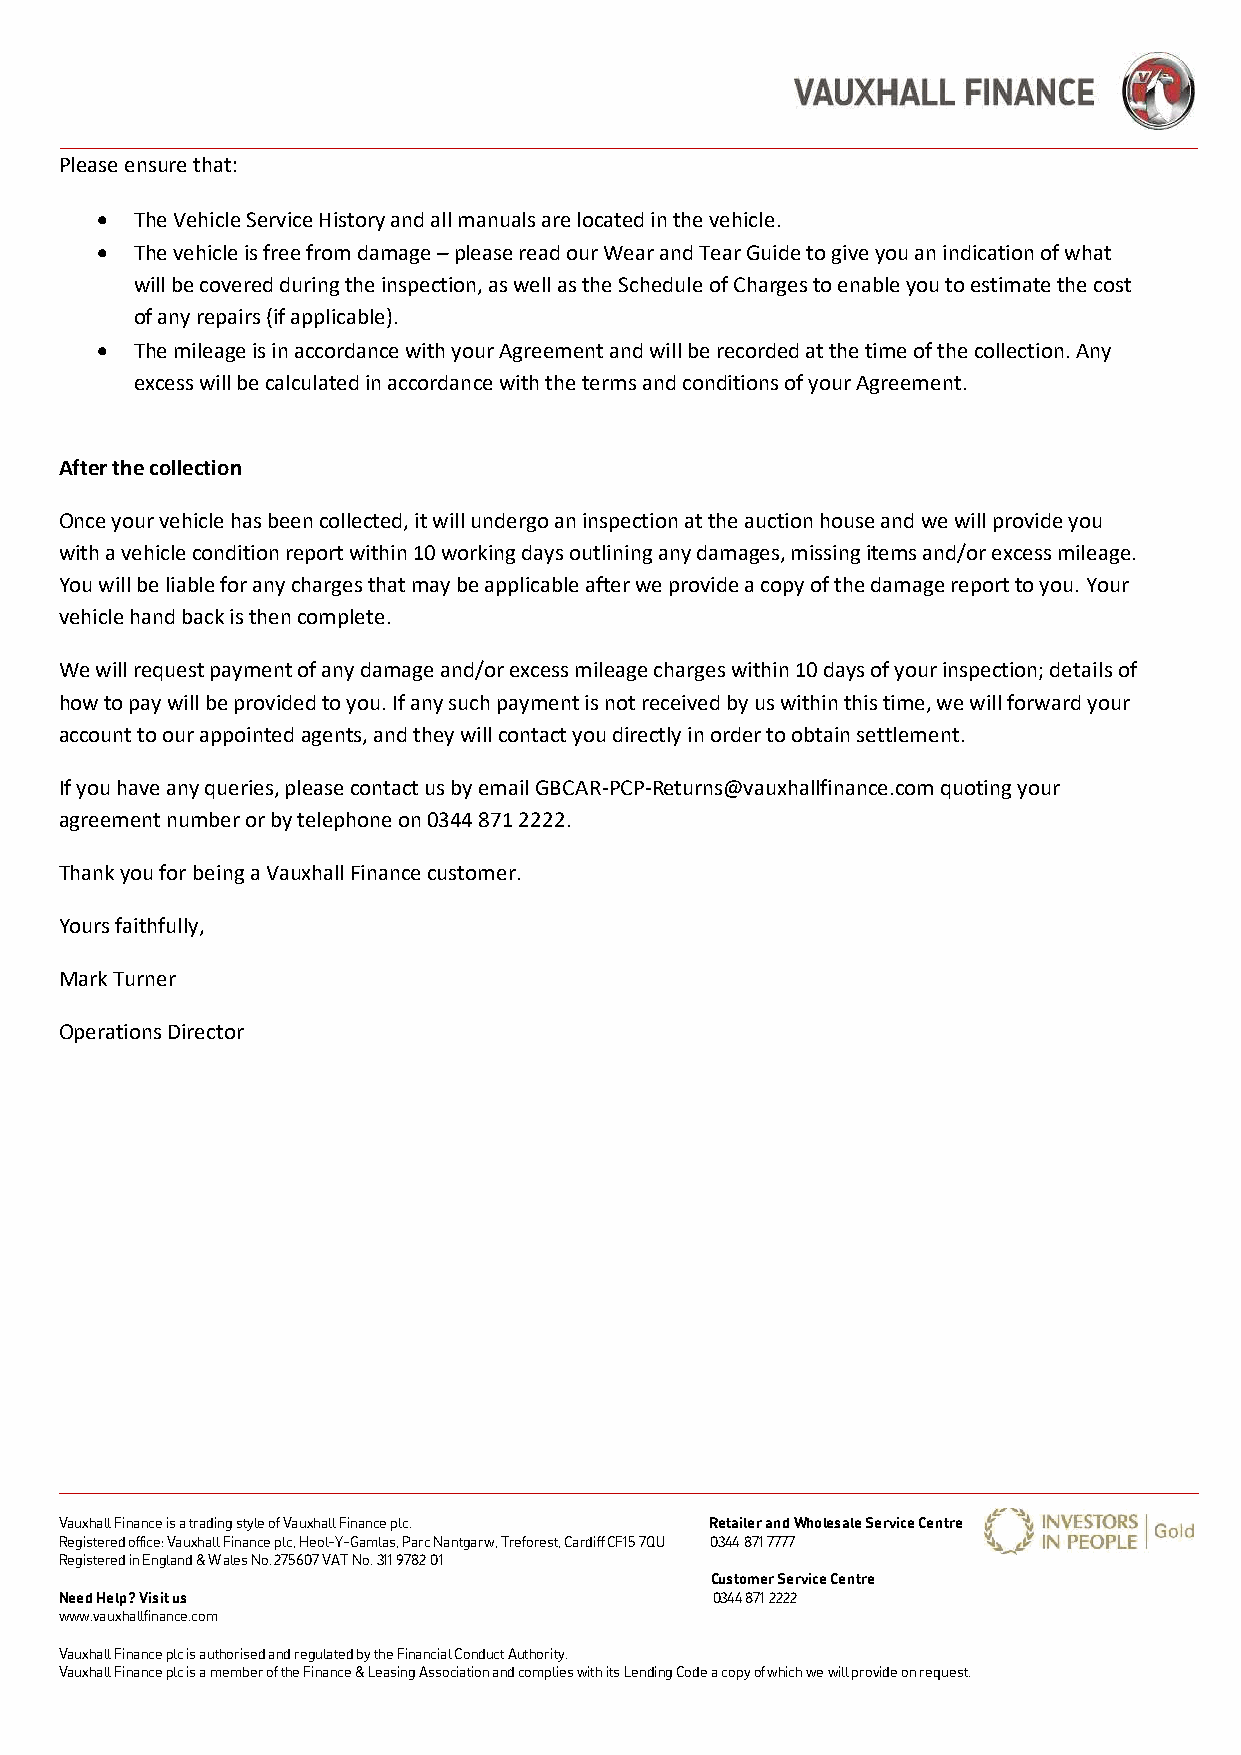
Please ensure that:
 •  The Vehicle Service History and all manuals are located in the vehicle.
 •  The vehicle is free from damage – please read our Wear and Tear Guide to give you an indication of what
 will be covered during the inspection, as well as the Schedule of Charges to enable you to estimate the cost
 of any repairs (if applicable).
 •  The mileage is in accordance with your Agreement and will be recorded at the time of the collection. Any
 excess will be calculated in accordance with the terms and conditions of your Agreement.
 After the collection
 Once your vehicle has been collected, it will undergo an inspection at the auction house and we will provide you
 with a vehicle condition report within 10 working days outlining any damages, missing items and/or excess mileage.
 You will be liable for any charges that may be applicable after we provide a copy of the damage report to you. Your
 vehicle hand back is then complete.
 We will request payment of any damage and/or excess mileage charges within 10 days of your inspection; details of
 how to pay will be provided to you. If any such payment is not received by us within this time, we will forward your
 account to our appointed agents, and they will contact you directly in order to obtain settlement.
 If you have any queries, please contact us by email GBCAR-PCP-Returns@vauxhallfinance.com quoting your
 agreement number or by telephone on 0344 871 2222.
 Thank you for being a Vauxhall Finance customer.
 Yours faithfully,
 Mark Turner
 Operations Director
 Vauxhall Finance is a trading style of Vauxhall Finance plc. Retailer and Wholesale Service Centre
 Registered office: Vauxhall Finance plc, Heol-Y-Gamlas, Parc Nantgarw, Treforest, Cardiff CF15 7QU 0344 871 7777
 Registered in England & Wales No. 275607 VAT No. 311 9782 01
 Customer Service Centre
 Need Help? Visit us                        0344 871 2222
 www.vauxhallfinance.com
 Vauxhall Finance plc is authorised and regulated by the Financial Conduct Authority.
 Vauxhall Finance plc is a member of the Finance & Leasing Association and complies with its Lending Code a copy of which we will provide on request.